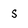
Character: s